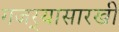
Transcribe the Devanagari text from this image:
गजर्‍यासारखी